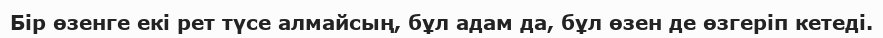
Бір өзенге екі рет түсе алмайсың, бұл адам да, бұл өзен де өзгеріп кетеді.